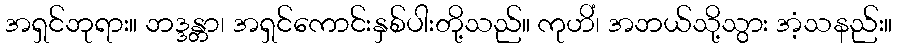
အရှင်ဘုရား။ ဘဒ္ဒန္တာ၊ အရှင်ကောင်းနှစ်ပါးတို့သည်။ ကုဟိံ၊ အဘယ်သို့သွား အံ့သနည်း။